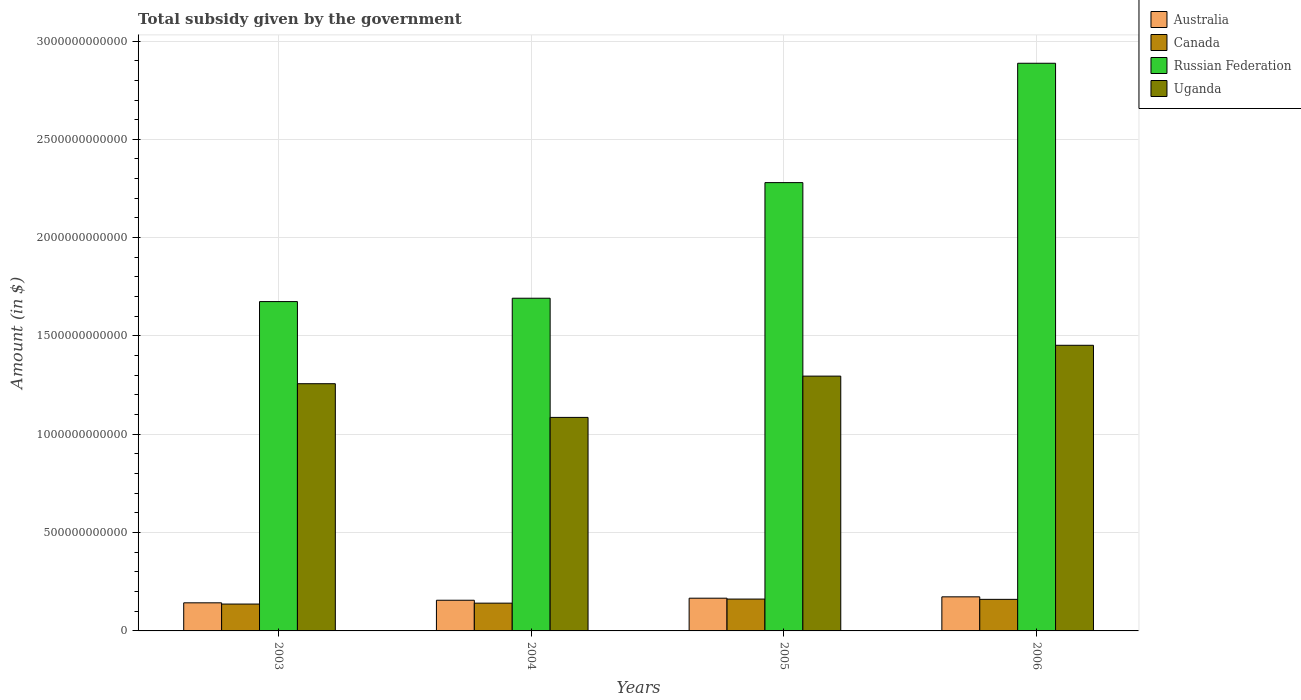
| Years | Australia | Canada | Russian Federation | Uganda |
 | --- | --- | --- | --- | --- |
 | 2003 | 1.43e+11 | 1.37e+11 | 1.67e+12 | 1.26e+12 |
 | 2004 | 1.56e+11 | 1.41e+11 | 1.69e+12 | 1.09e+12 |
 | 2005 | 1.66e+11 | 1.62e+11 | 2.28e+12 | 1.3e+12 |
 | 2006 | 1.73e+11 | 1.61e+11 | 2.89e+12 | 1.45e+12 |